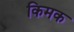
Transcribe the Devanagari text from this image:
किमक